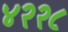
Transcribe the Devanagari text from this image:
४२२८